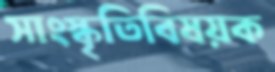
সাংস্কৃতিবিষয়ক